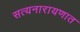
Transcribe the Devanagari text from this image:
सत्यनारायणात